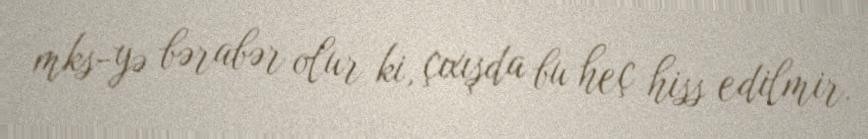
mks-yə bərabər olur ki, çıxışda bu heç hiss edilmir.